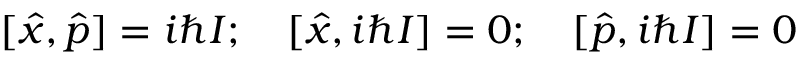
[ { \hat { x } } , { \hat { p } } ] = i \hbar I ; \quad [ { \hat { x } } , i \hbar I ] = 0 ; \quad [ { \hat { p } } , i \hbar I ] = 0